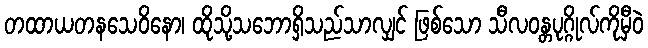
တထာယတနသေဝိနော၊ ထိုသို့သဘောရှိသည်သာလျှင် ဖြစ်သော သီလဝန္တပုဂ္ဂိုလ်ကိုမှီဝဲ